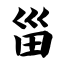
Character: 甾